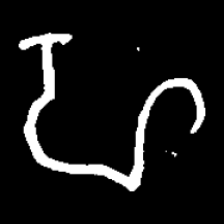
Pyu character \u2014 Myanmar letter: ဟ (romanized: ha)